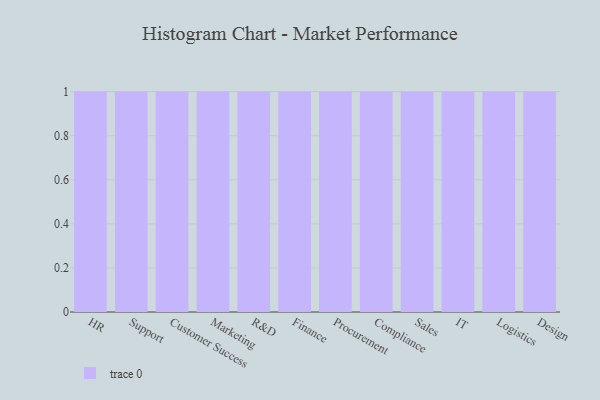
{"axis": {"x": "Department", "y": "Net Income (USD K)"}, "legend": [""], "data": [{"x": "HR", "y": 39, "type": ""}, {"x": "Support", "y": 68, "type": ""}, {"x": "Customer Success", "y": 57, "type": ""}, {"x": "Marketing", "y": 45, "type": ""}, {"x": "R&D", "y": 1, "type": ""}, {"x": "Finance", "y": 51, "type": ""}, {"x": "Procurement", "y": 79, "type": ""}, {"x": "Compliance", "y": 3, "type": ""}, {"x": "Sales", "y": 49, "type": ""}, {"x": "IT", "y": 72, "type": ""}, {"x": "Logistics", "y": 77, "type": ""}, {"x": "Design", "y": 28, "type": ""}]}